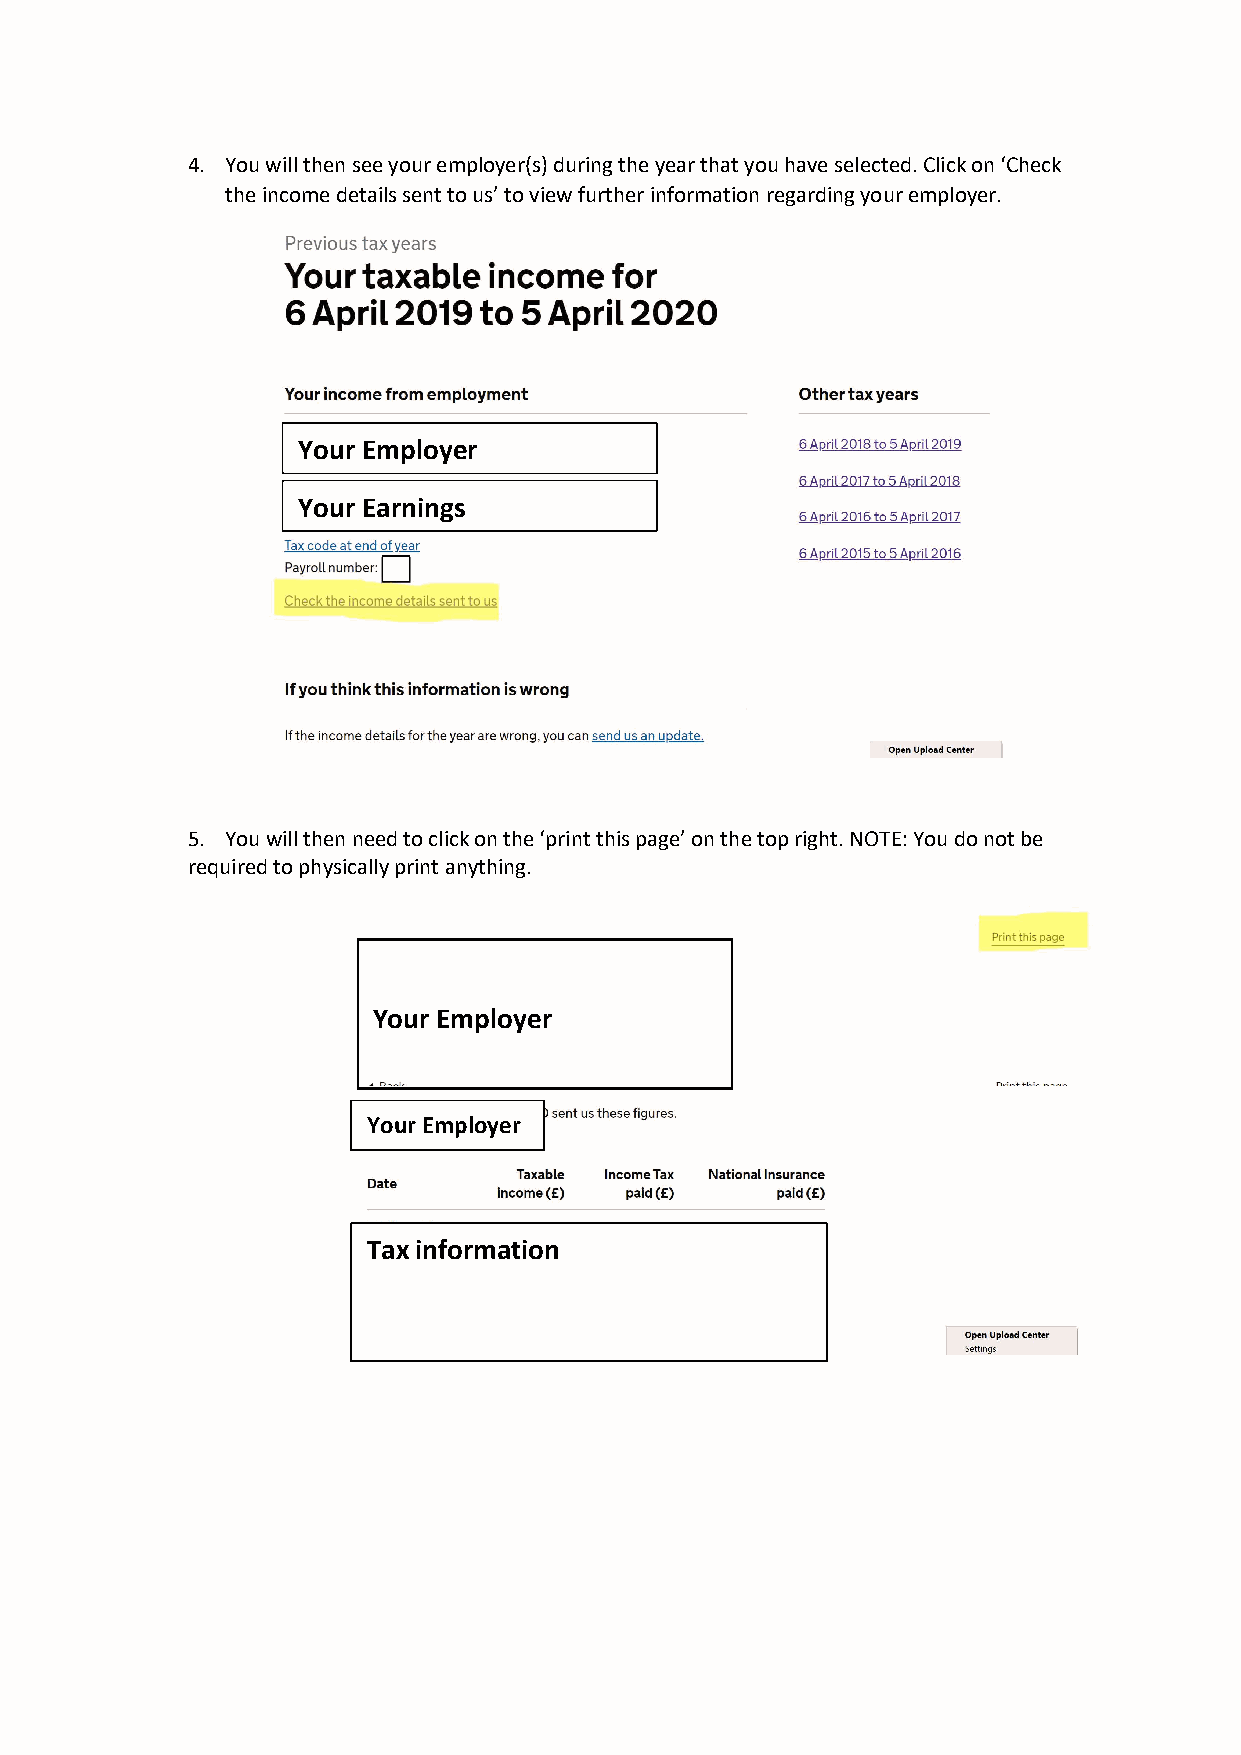
4. You will then see your employer(s) during the year that you have selected. Click on ‘Check
 the income details sent to us’ to view further information regarding your employer.
 Your Employer
 Your Earnings
 5. You will then need to click on the ‘print this page’ on the top right. NOTE: You do not be
 required to physically print anything.
 Your Employer
 Your Employer
 Tax information